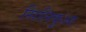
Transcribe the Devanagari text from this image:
सिलिकुआ